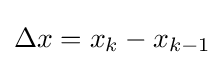
\Delta x=x_{k}-x_{k-1}